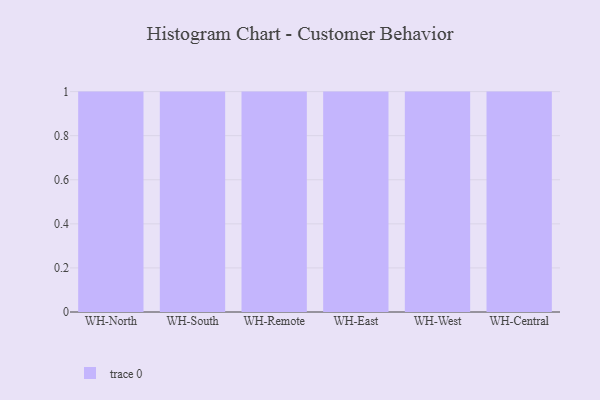
{"axis": {"x": "Warehouse", "y": "Waste Production (Tons)"}, "legend": [""], "data": [{"x": "WH-North", "y": 10, "type": ""}, {"x": "WH-South", "y": 51, "type": ""}, {"x": "WH-Remote", "y": 27, "type": ""}, {"x": "WH-East", "y": 18, "type": ""}, {"x": "WH-West", "y": 9, "type": ""}, {"x": "WH-Central", "y": 32, "type": ""}]}